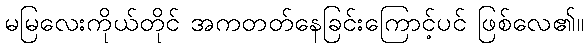
မမြလေးကိုယ်တိုင် အကတတ်နေခြင်းကြောင့်ပင် ဖြစ်လေ၏။